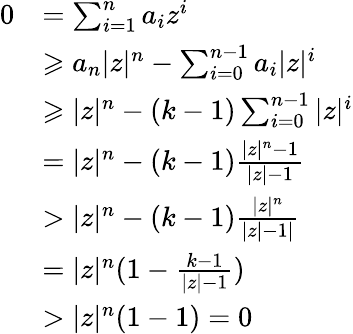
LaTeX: \begin{array}{rl}{0}&{=\sum_{i=1}^{n}a_{i}z^{i}}\\ &{\geqslant a_{n}|z|^{n}-\sum_{i=0}^{n-1}a_{i}|z|^{i}}\\ &{\geqslant|z|^{n}-(k-1)\sum_{i=0}^{n-1}|z|^{i}}\\ &{=|z|^{n}-(k-1)\frac{|z|^{n}-1}{|z|-1}}\\ &{>|z|^{n}-(k-1)\frac{|z|^{n}}{|z|-1|}}\\ &{=|z|^{n}(1-\frac{k-1}{|z|-1})}\\ &{>|z|^{n}(1-1)=0}\end{array}